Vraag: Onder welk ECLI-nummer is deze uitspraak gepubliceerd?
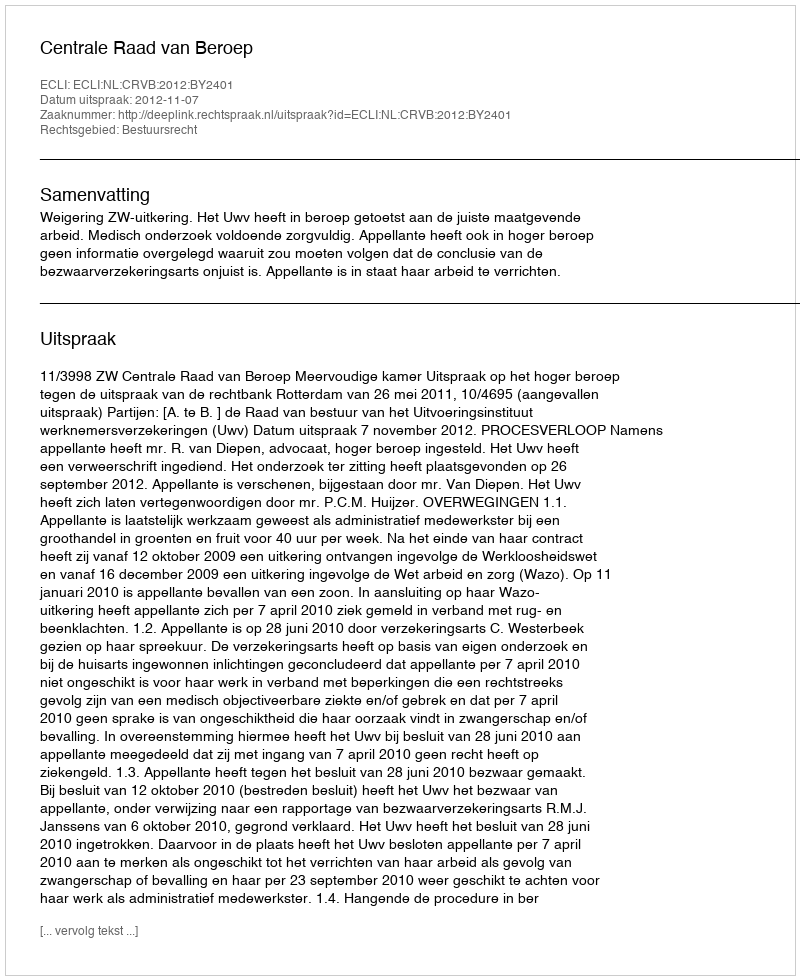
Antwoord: ECLI:NL:CRVB:2012:BY2401